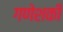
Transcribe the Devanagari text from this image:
गणेशकी